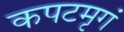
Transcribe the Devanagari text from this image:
कपटमृगं